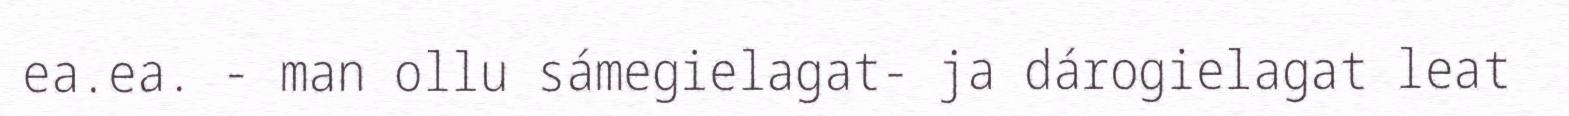
ea.ea. - man ollu sámegielagat- ja dárogielagat leat